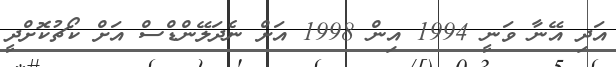
އަދި އޭނާ ވަނީ 1994 އިން 1998 އަށް ނެދަލޭންޑްސް އަށް ކޯޗުކޮށްދީ